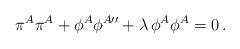
LaTeX: \begin{align*}\pi^A\pi^A+\phi^A\phi^{A\prime\prime}+\lambda\,\phi^A\phi^A=0\,.\end{align*}